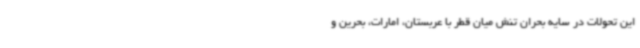
این تحولات در سایه بحران تنش میان قطر با عربستان، امارات، بحرین و